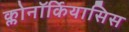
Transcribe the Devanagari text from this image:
क्लोनॉर्कियासिस